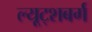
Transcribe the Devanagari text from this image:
ल्यूट्शबर्ग